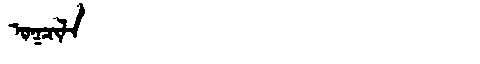
Manchu: ᠣᡴᠴᡳᠯᠠ
Romanization: OKCILA